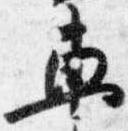
車